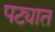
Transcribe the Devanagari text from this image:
पट्यात